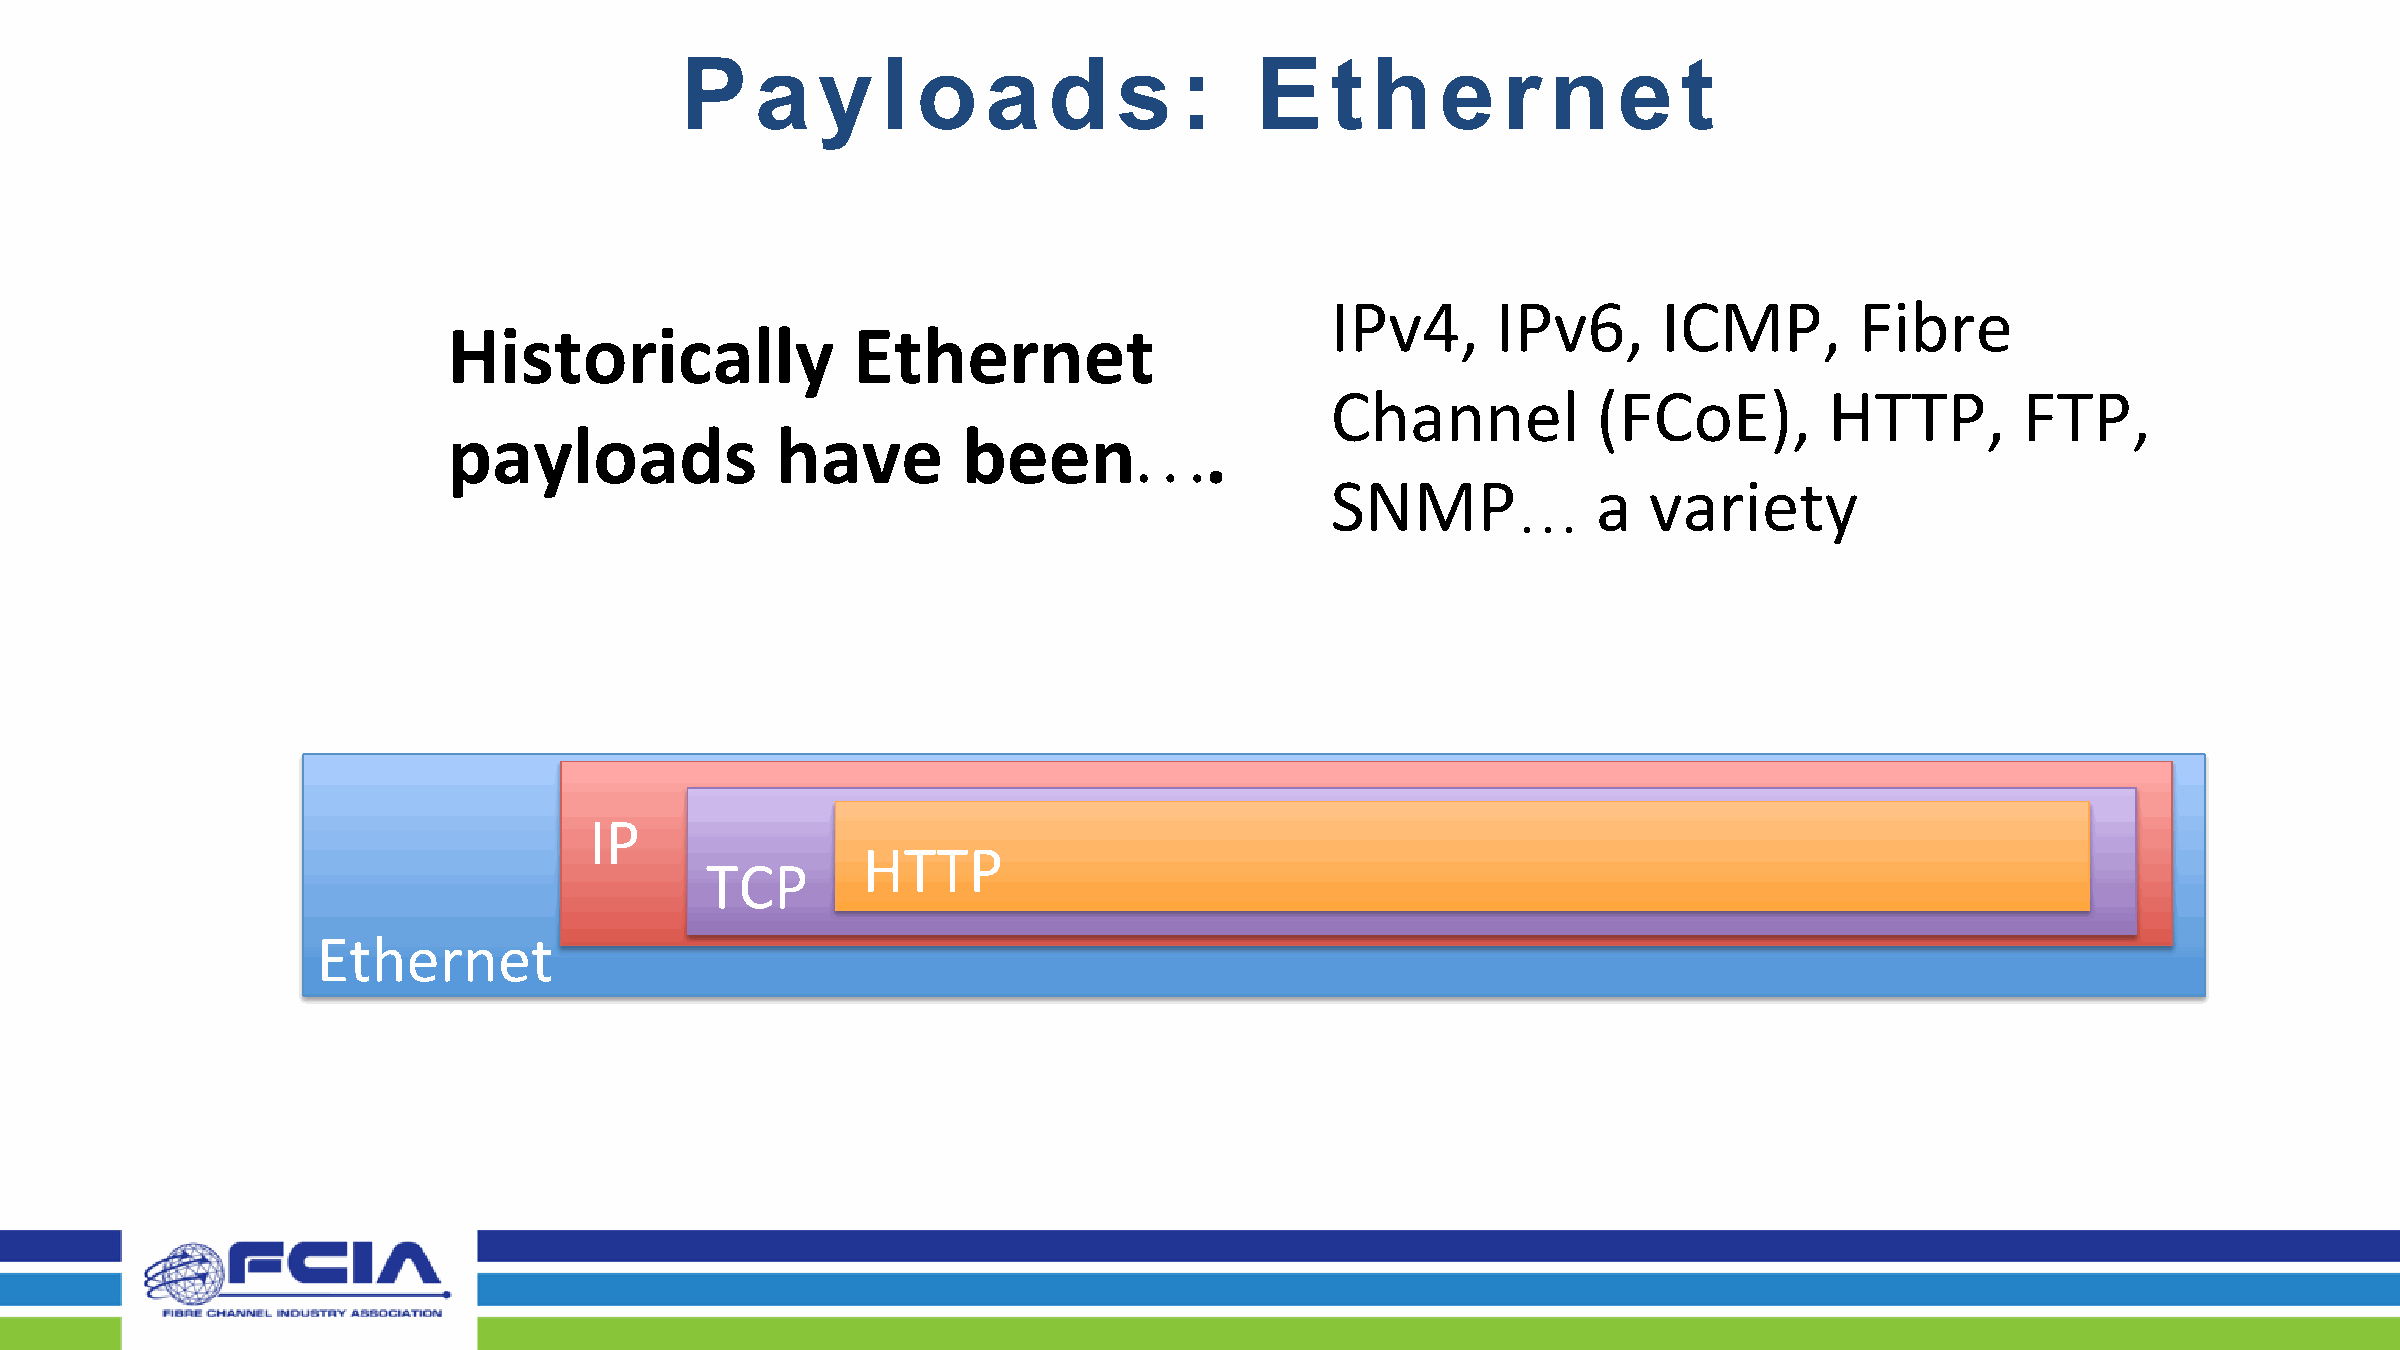
P    a   y   l  o   a   d    s   :    E    t  h   e   r   n   e   t
 IPv4,      IPv6,      ICMP,        Fibre
 Historically              Ethernet
 Channel           (FCoE),        HTTP,        FTP,
 payloads             have         been            .
 …
 SNMP              a  variety
 …
 IP
 HTTP
 TCP
 Ethernet